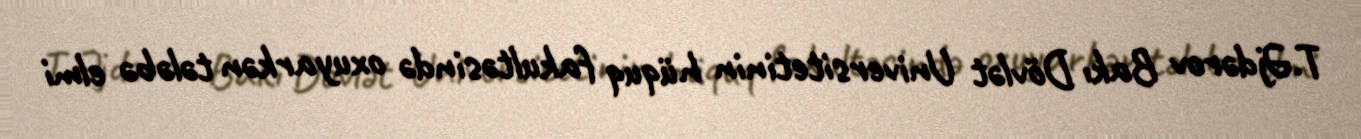
T.Əjdərov Bakı Dövlət Universitetinin hüquq fakultəsində oxuyarkən tələbə elmi